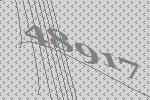
48917